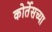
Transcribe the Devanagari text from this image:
कोर्तेसच्या